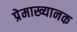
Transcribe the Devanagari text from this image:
प्रेमाख्यानक